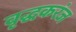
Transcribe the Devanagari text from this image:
वृद्धकरंज